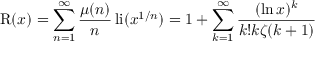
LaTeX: \operatorname { R } ( x ) = \sum _ { n = 1 } ^ { \infty } { \frac { \mu ( n ) } { n } } \operatorname { l i } ( x ^ { 1 / n } ) = 1 + \sum _ { k = 1 } ^ { \infty } { \frac { ( \ln x ) ^ { k } } { k ! k \zeta ( k + 1 ) } }